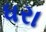
ધરા